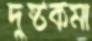
দুষ্টকর্মা